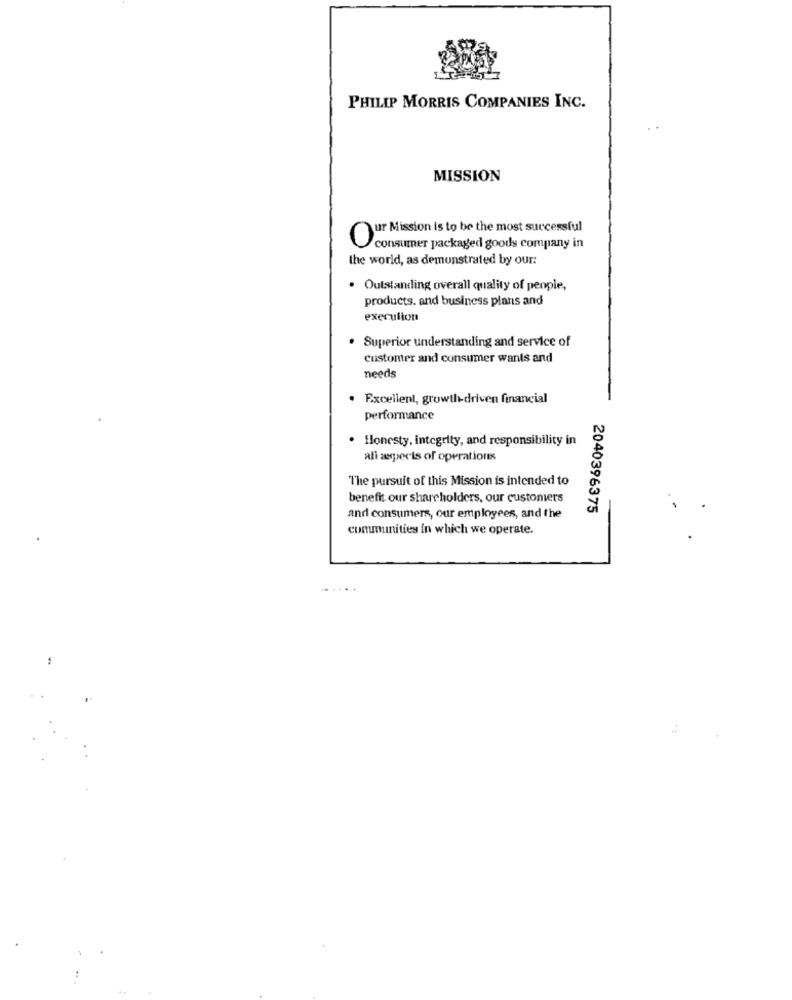
PHILIP MORRIS COMPANIES INC.
MISSION
ur Mission is to be the most successful
consumer packaged goods company in
the world, as demonstrated by our:
. Outstanding overall quality of people,
products. and business plans and
execution
Superior understanding and service of
customer and consumer wants and
needs
· Excellent, growth-driven financial
performance
· flonesty, integrity, and responsibility in
all aspects of operations
The pursuit of this Mission is intended to
benefit our shareholders, our customers
2040396375
and consumers, our employees, and the
communities in which we operate.
......